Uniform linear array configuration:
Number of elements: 48
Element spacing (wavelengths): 0.75
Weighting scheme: hamming
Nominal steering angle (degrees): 0
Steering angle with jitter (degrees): -0.4977
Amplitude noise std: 0.05
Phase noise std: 0.05

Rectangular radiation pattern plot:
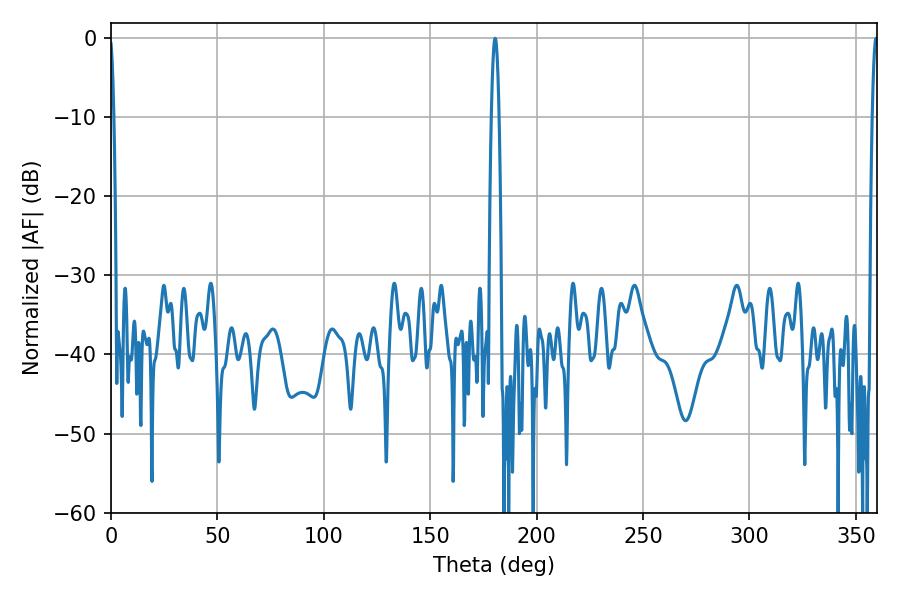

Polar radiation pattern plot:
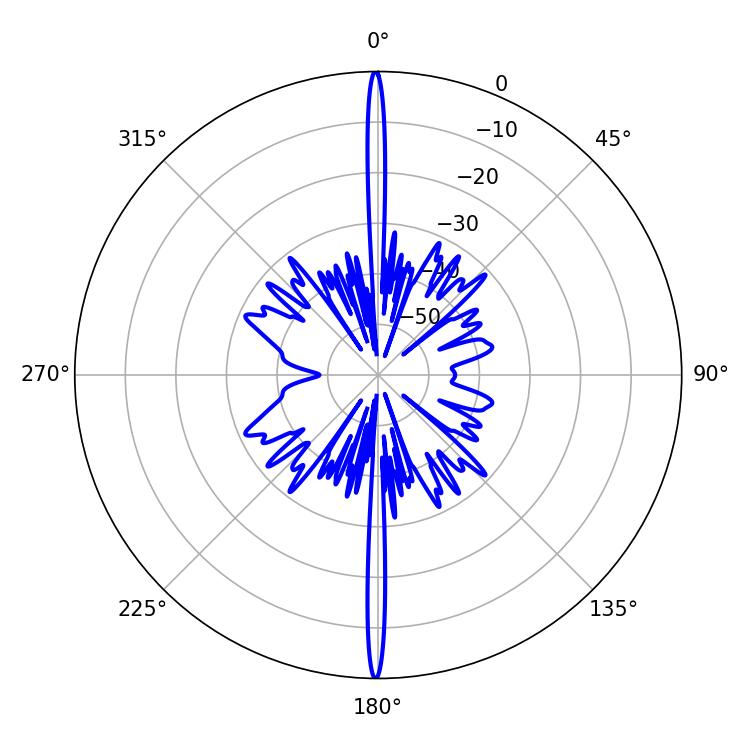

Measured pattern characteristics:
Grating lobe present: TRUE
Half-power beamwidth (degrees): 1.44
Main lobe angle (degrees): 359.46